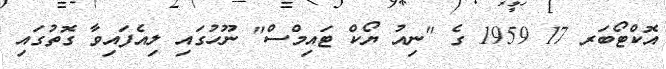
އޮކްޓޯބަރ 17 1959 ގެ "ނިއު ޔޯކް ޓައިމްސް" ނޫހުގައި ލިއެފައިވާ ގޮތުގައި